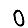
Digit: 0